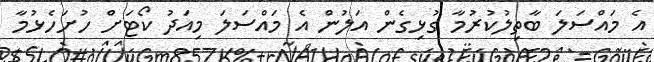
އެ މައްސަލަ ބާތިލުކުރުމާ ގުޅިގެން އަލުން އެ މައްސަލަ މިއަދު ކޯޓަށް ހުށަހެޅުމާ